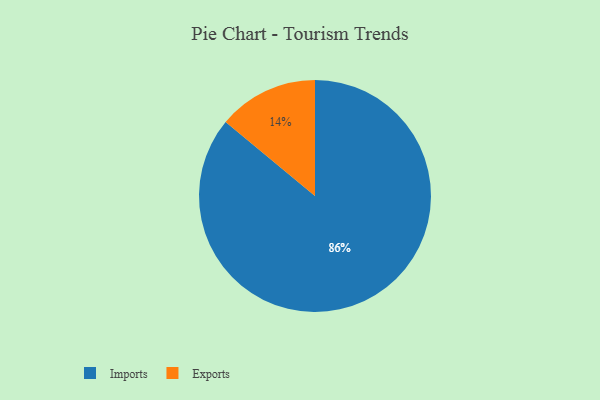
{"axis": {"x": "Category", "y": "Percentage"}, "legend": ["Exports", "Imports"], "data": [{"x": "Exports", "y": 14, "type": "Exports"}, {"x": "Imports", "y": 86, "type": "Imports"}]}